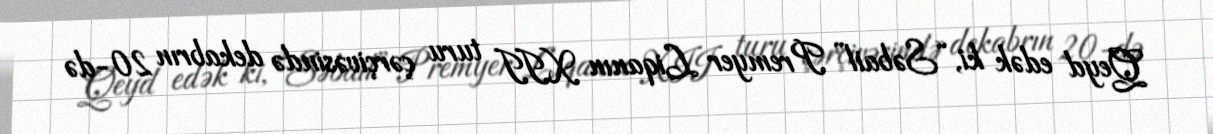
Qeyd edək ki, “Səbail” Premyer Liqanın XII turu çərçivəsində dekabrın 20-də